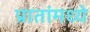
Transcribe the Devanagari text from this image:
प्रातांमध्ये